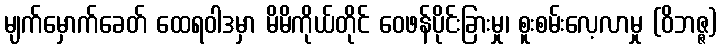
မျက်မှောက်ခေတ် ထေရဝါဒမှာ မိမိကိုယ်တိုင် ဝေဖန်ပိုင်းခြားမှု၊ စူးစမ်းလေ့လာမှု (ဝိဘဇ္ဇ)